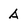
Character: A